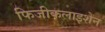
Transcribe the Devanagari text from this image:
फिजीकलाइशेन